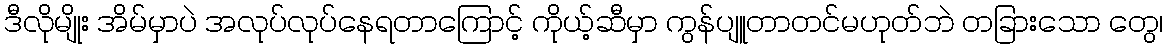
ဒီလိုမျိုး အိမ်မှာပဲ အလုပ်လုပ်နေရတာကြောင့် ကိုယ့်ဆီမှာ ကွန်ပျူတာတင်မဟုတ်ဘဲ တခြားသော တွေ၊